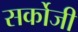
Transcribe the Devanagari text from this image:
सर्कोजी